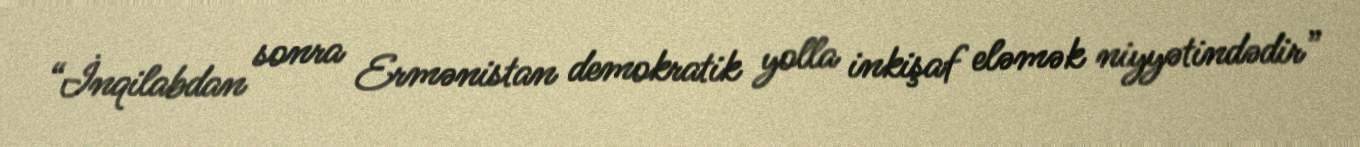
“İnqilabdan sonra Ermənistan demokratik yolla inkişaf eləmək niyyətindədir”